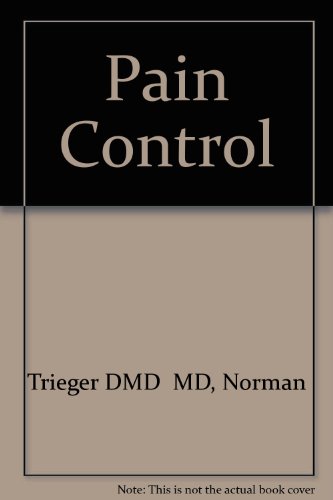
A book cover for Pain Control, 2e; Norman Trieger DMD  MD; Medical Books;